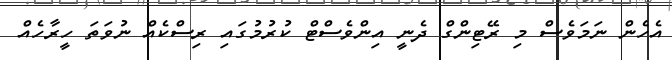
އެހެން ނަމަވެސް މި ރޭޓިންގް ދެނީ އިންވެސްޓް ކުރުމުގައި ރިސްކެއް ނުވަތަ ހީރާހެއް